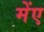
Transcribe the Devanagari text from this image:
मेंए